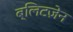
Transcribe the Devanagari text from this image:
ब्लिटज़ेन